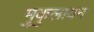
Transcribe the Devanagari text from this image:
मुकुलायन